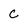
Character: C